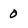
Character: 0